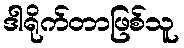
ဒါရိုက်တာဖြစ်သူ